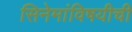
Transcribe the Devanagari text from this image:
सिनेमांविषयीची